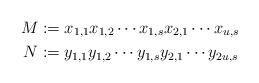
LaTeX: \begin{align*}M &:= x_{1,1} x_{1,2} \cdots x_{1,s} x_{2,1} \cdots x_{u,s} \\ N &:= y_{1,1} y_{1,2} \cdots y_{1,s} y_{2,1} \cdots y_{2u,s} \end{align*}